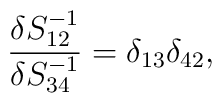
\frac{\delta S^{-1}_{12}}{\delta S^{-1}_{34}}=\delta_{13}\delta_{42},